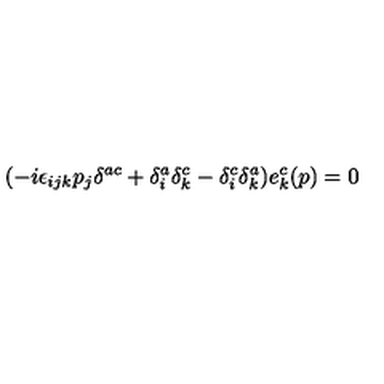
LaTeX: ( - i \epsilon _ { i j k } p _ { j } \delta ^ { a c } + \delta _ { i } ^ { a } \delta _ { k } ^ { c } - \delta _ { i } ^ { c } \delta _ { k } ^ { a } ) e _ { k } ^ { c } ( p ) = 0